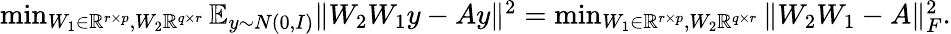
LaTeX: \begin{array}{r}{\operatorname*{min}_{W_{1}\in\mathbb{R}^{r\times p},W_{2}\mathbb{R}^{q\times r}}\mathbb{E}_{y\sim N(0,I)}\| W_{2}W_{1}y-Ay\| ^{2}=\operatorname*{min}_{W_{1}\in\mathbb{R}^{r\times p},W_{2}\mathbb{R}^{q\times r}}\| W_{2}W_{1}-A\| _{F}^{2}.}\end{array}